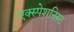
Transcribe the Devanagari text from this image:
एक्स्पेशनिस्ट